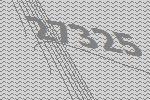
27325